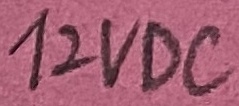
Text: 12VDC